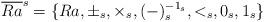
LaTeX: \begin{align*} \overline{Ra}^{s}=\{Ra, \pm_{s}, \times_{s}, (-)_{s}^{-1_{s}}, <_{s},0_{s},1_{s}\}\end{align*}